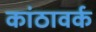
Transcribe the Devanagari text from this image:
कांठावर्क